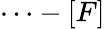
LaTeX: \cdots-[F]